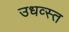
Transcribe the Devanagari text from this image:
उधव्स्त